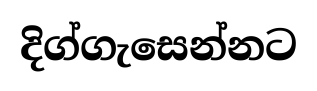
දිග්ගැසෙන්නට